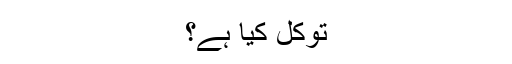
توکل کیا ہے؟